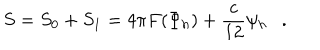
LaTeX: S = S _ { 0 } + S _ { 1 } = 4 \pi F ( \Phi _ { h } ) + { \frac { c } { 1 2 } } \psi _ { h } .